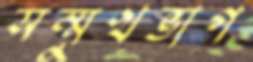
সম্মুখভাগ